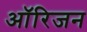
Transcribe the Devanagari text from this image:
आॅरिजन